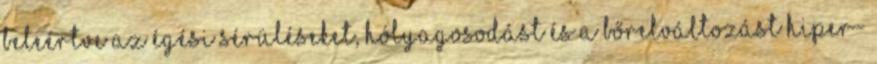
beleértve az égési sérüléseket, hólyagosodást és a bőrelváltozást hiper-